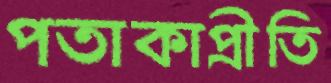
পতাকাপ্রীতি